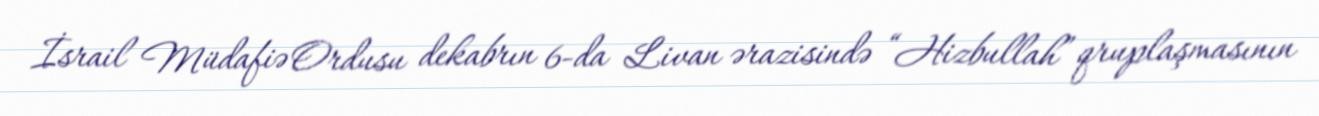
İsrail Müdafiə Ordusu dekabrın 6-da Livan ərazisində “Hizbullah” qruplaşmasının